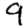
Digit: 9